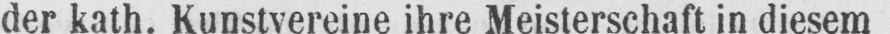
der kath. Kunstvereine ihre Meisterschaft in diesem